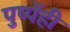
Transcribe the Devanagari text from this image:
पुष्पेंही